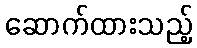
ဆောက်ထားသည့်